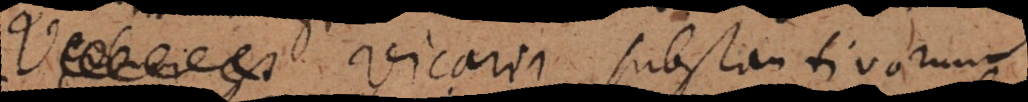
est Vicarii substantivorum